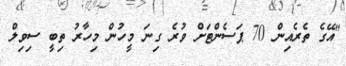
"އޭގެ ތެރެއިން 70 ޕަސެންޓަށް ވުރެ ގިނަ މީހުން މިހާރު ތިބީ ސިވިލް